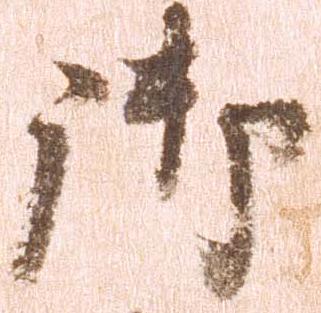
御